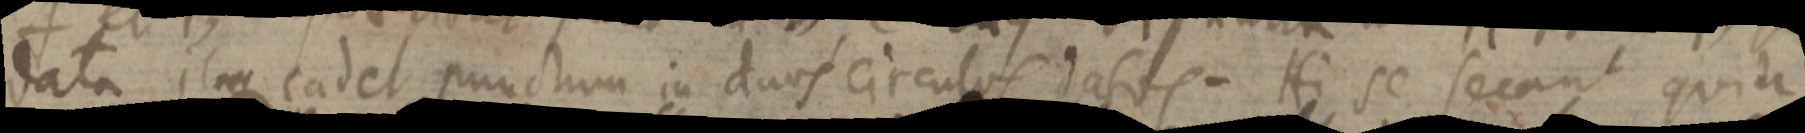
data itaque cadet punctum in duos circulos datos. Hi se secant quia